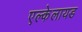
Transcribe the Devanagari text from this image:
एल्केलायड